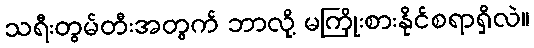
သရီးတွမ်တီးအတွက် ဘာလို့ မကြိုးစားနိုင်စရာရှိလဲ။